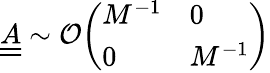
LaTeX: \underline{{\underline{{A}}}}\sim\mathcal{O}\begin{array}{l}{\left(\begin{array}{ll}{M^{-1}}&{0}\\ {0}&{M^{-1}}\end{array}\right)}\end{array}